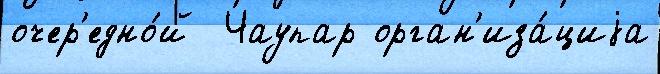
очер'едно́й  Чаупар орган'иза́циjа